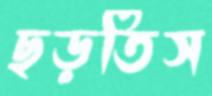
ছড়তিস